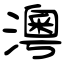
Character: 澚